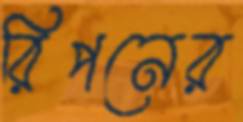
রিপনের